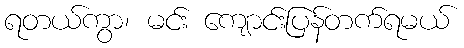
ရတယ်ကွာ၊ မင်း ကျောင်းပြန်တက်ရမယ်